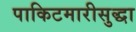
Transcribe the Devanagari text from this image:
पाकिटमारीसुद्धा